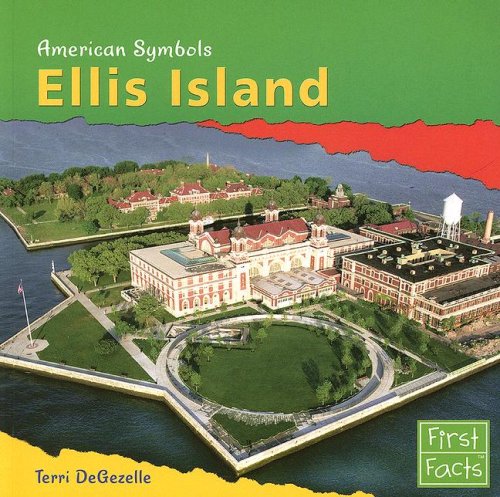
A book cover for Ellis Island (American Symbols); Terri DeGezelle; Children's Books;